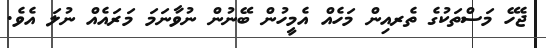
ޖެހޭ މަސްތަކުގެ ތެރއިން މަހެއް އެމީހުން ބޭނުން ނުވާނަމަ މަރައެއް ނުލަ އެވެ.